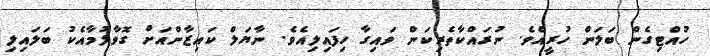
ހުއްޓިގެން ބަލަން ހުރީއެވެ. ނުރައްކާތެރިކަން ވައިގާ ހިފައިލިއެވެ. ނާޔަލް ކައިޒާންއަށް ގޮވާލުމާއެކު ބަލައިލި